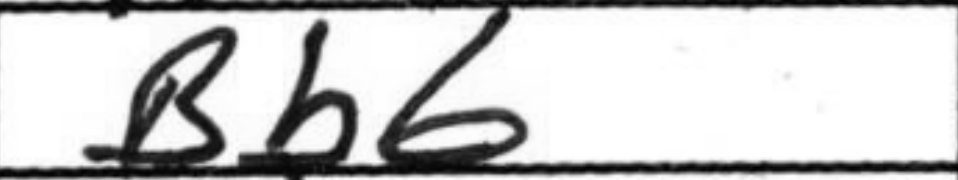
Transcription: Bb6